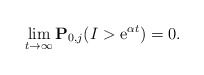
\begin{align*}\lim_{t\to\infty}\mathbf{P}_{0,j}(I > {\rm e}^{\alpha t}) = 0.\end{align*}